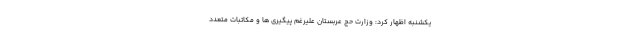
یکشنبه اظهار کرد: وزارت حج عربستان علیرغم پیگیری ها و مکاتبات متعدد